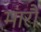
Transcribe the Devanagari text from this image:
मारौं